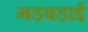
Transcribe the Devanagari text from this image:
गड़बड़ाई